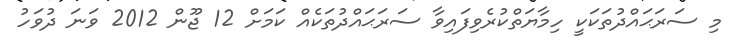
މި ސަރަޙައްދުތަކަކީ ހިމާޔަތްކުރެވިފައިވާ ސަރަޙައްދުތަކެއް ކަމަށް 12 ޖޫން 2012 ވަނަ ދުވަހު